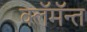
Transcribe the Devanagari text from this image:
क्लॅमॅन्त